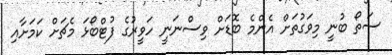
ސަތޯ ބުނީ މިވަގުތަށް އެންމެ ބޮޑަށް ވިސްނަނީ ހަވީރުގެ ފުޓްބޯޅަ މެޗަށް ކަމަށާއި